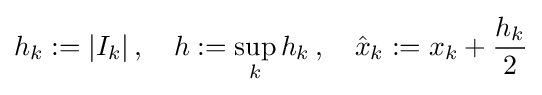
h_{k}:=|I_{k}|\,,\quad h:=\sup _{k}h_{k}\,,\quad {\hat {x}}_{k}:=x_{k}+{\frac {h_{k}}{2}}